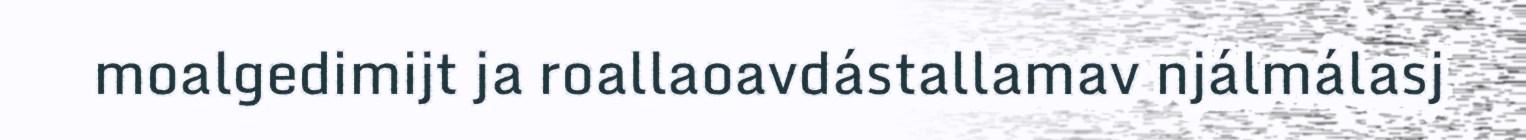
moalgedimijt ja roallaoavdástallamav njálmálasj